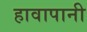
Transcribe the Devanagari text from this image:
हावापानी